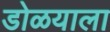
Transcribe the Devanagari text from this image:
डोळयाला